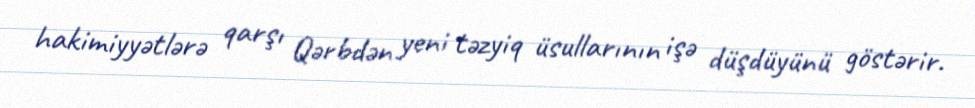
hakimiyyətlərə qarşı Qərbdən yeni təzyiq üsullarının işə düşdüyünü göstərir.